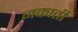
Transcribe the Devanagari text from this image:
जकाती